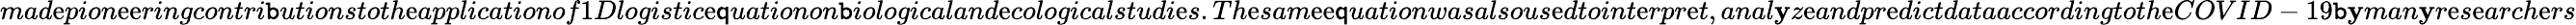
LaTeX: mad\mathrm{e}pion\mathrm{e}\mathrm{e}ringcontri\mathtt{b}utionstoth\mathrm{e}applicationof1Dlogistic\mathrm{e}\mathsf{q}uationon\mathtt{b}iologicaland\mathrm{e}cologicalstudi\mathrm{e}s.Th\mathrm{e}sam\mathrm{e}\mathrm{e}\mathsf{q}uationwasalsous\mathrm{e}dtoint\mathrm{e}rpr\mathrm{e}t,anal\mathbf{y}z\mathrm{e}andpr\mathrm{e}dictdataaccordingtoth\mathrm{e}COVID-19\mathtt{b}\mathbf{y}man\mathbf{y}r\mathrm{e}s\mathrm{e}arch\mathrm{e}rs